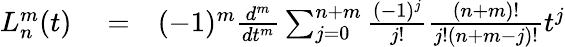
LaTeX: \begin{array}{rlr}{L_{n}^{m}(t)}&{{}=}&{(-1)^{m}\frac{d^{m}}{dt^{m}}\sum_{j=0}^{n+m}\frac{(-1)^{j}}{j!}\frac{(n+m)!}{j!(n+m-j)!}t^{j}}\end{array}